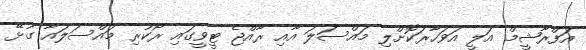
އަފްރާޝީމް އަލީ އަވަހާރަކޮށްލި މައްސަލަ އާއި ރާއްޖެ ޓީވީގައި ރޯކުރި މައްސަލައާ ގުޅޭ